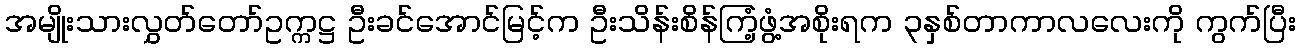
အမျိုးသားလွှတ်တော်ဥက္ကဋ္ဌ ဦးခင်အောင်မြင့်က ဦးသိန်းစိန်ကြံ့ဖွံ့အစိုးရက ၃နှစ်တာကာလလေးကို ကွက်ပြီး